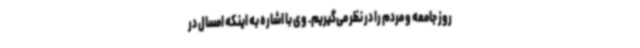
روز جامعه و مردم را در نظر می‌گیریم. وی با اشاره به اینکه امسال در